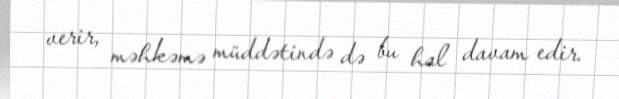
verir, məhkəmə müddətində də bu hal davam edir.